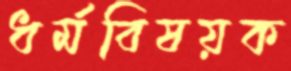
ধর্মবিষয়ক